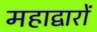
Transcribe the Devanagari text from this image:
महाद्वारों